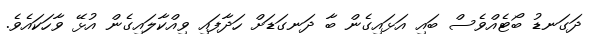
ދަގަނޑު ބޯޓެއްވެސް ބައި އަޅައިގެން ބާ ދަނގަޑަށް ހަދާފައި ވިއްކާލައިގެން އުޅޭ ވާހަކައެވެ.